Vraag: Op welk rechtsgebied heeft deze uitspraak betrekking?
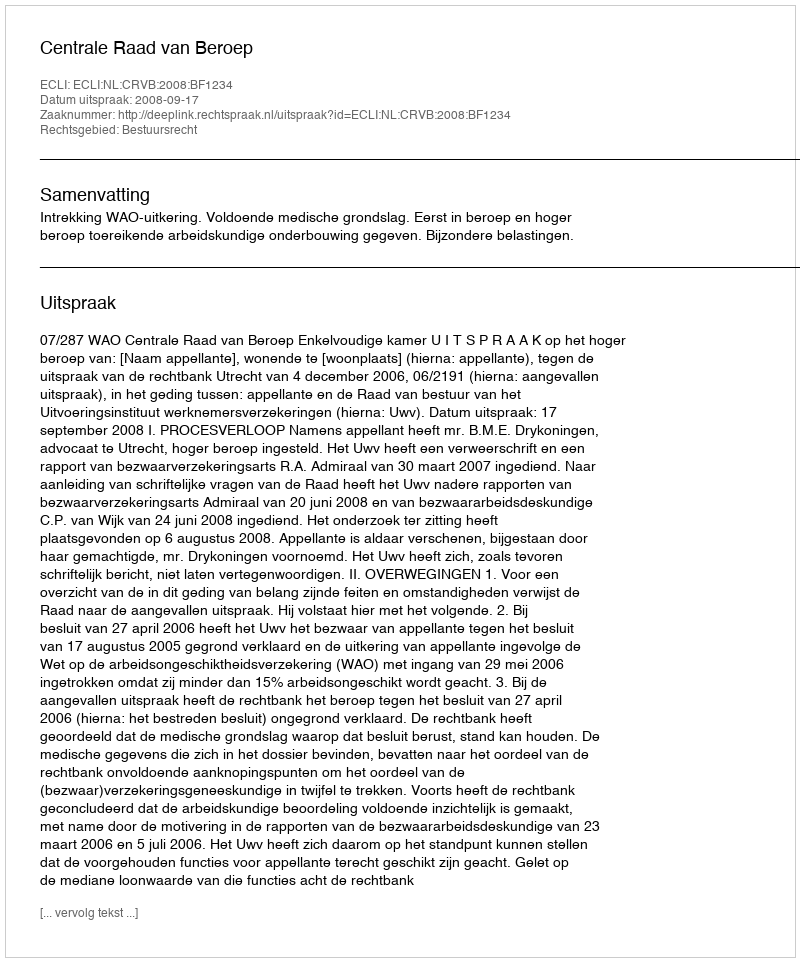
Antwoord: Bestuursrecht